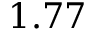
1 . 7 7